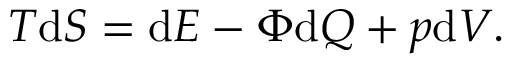
T \mathrm { d } S = \mathrm { d } E - \Phi \mathrm { d } Q + p \mathrm { d } V .